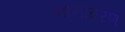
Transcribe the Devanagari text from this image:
ज्ञानावरण